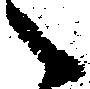
々